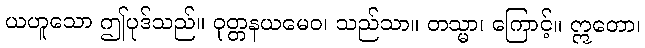
ယဟူသော ဤပုဒ်သည်။ ဝုတ္တနယမေဝ၊ သည်သာ။ တသ္မာ၊ ကြောင့်။ ဣတော၊